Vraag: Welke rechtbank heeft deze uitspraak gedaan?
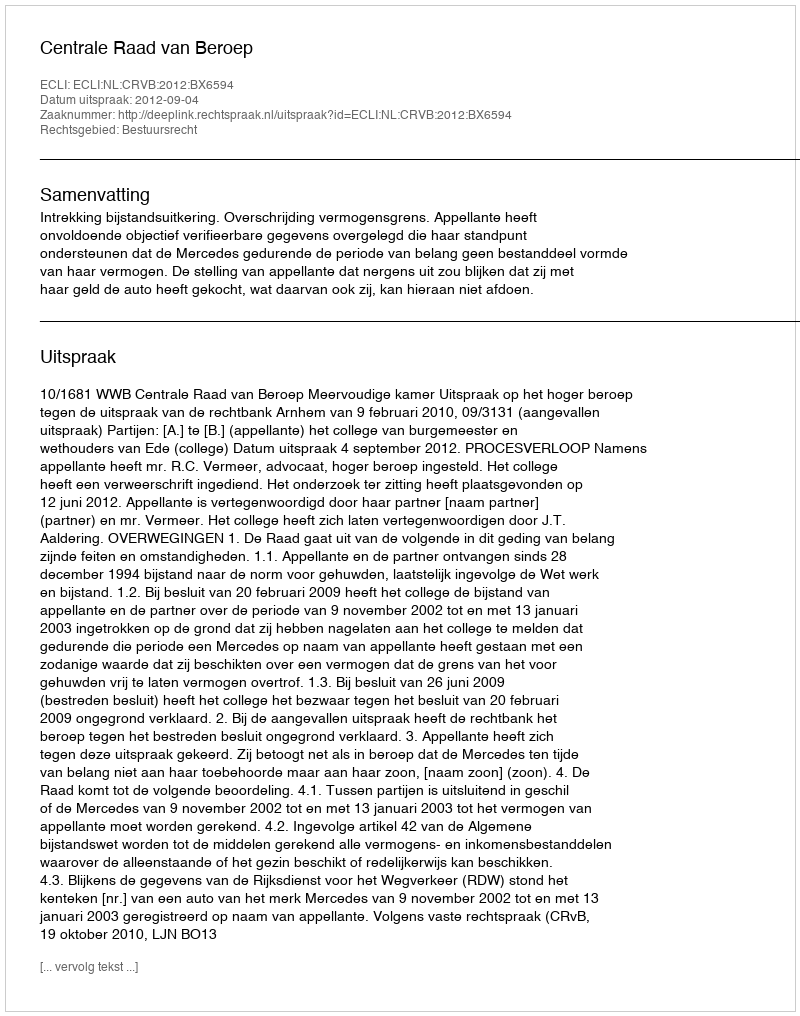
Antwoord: Centrale Raad van Beroep